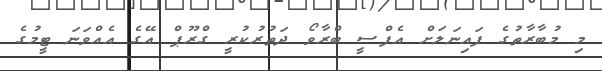
މި މުބާރާތުގެ ފައިނަލަށް އެފްސީ ބްރާވޯ ދަތުރުކުރީ ގްރޫޕް އޭގެ އެއްވަނަ ޓީމުގެ